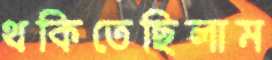
থকিতেছিলাম